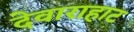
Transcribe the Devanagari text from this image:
देवाराहाट